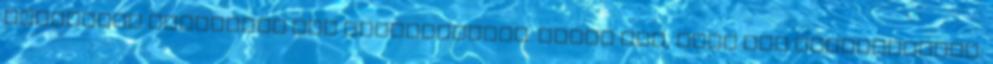
semmilyen okmánnyal nem rendelkeznek. Ennek oka, hogy úgy gondolkoznak: